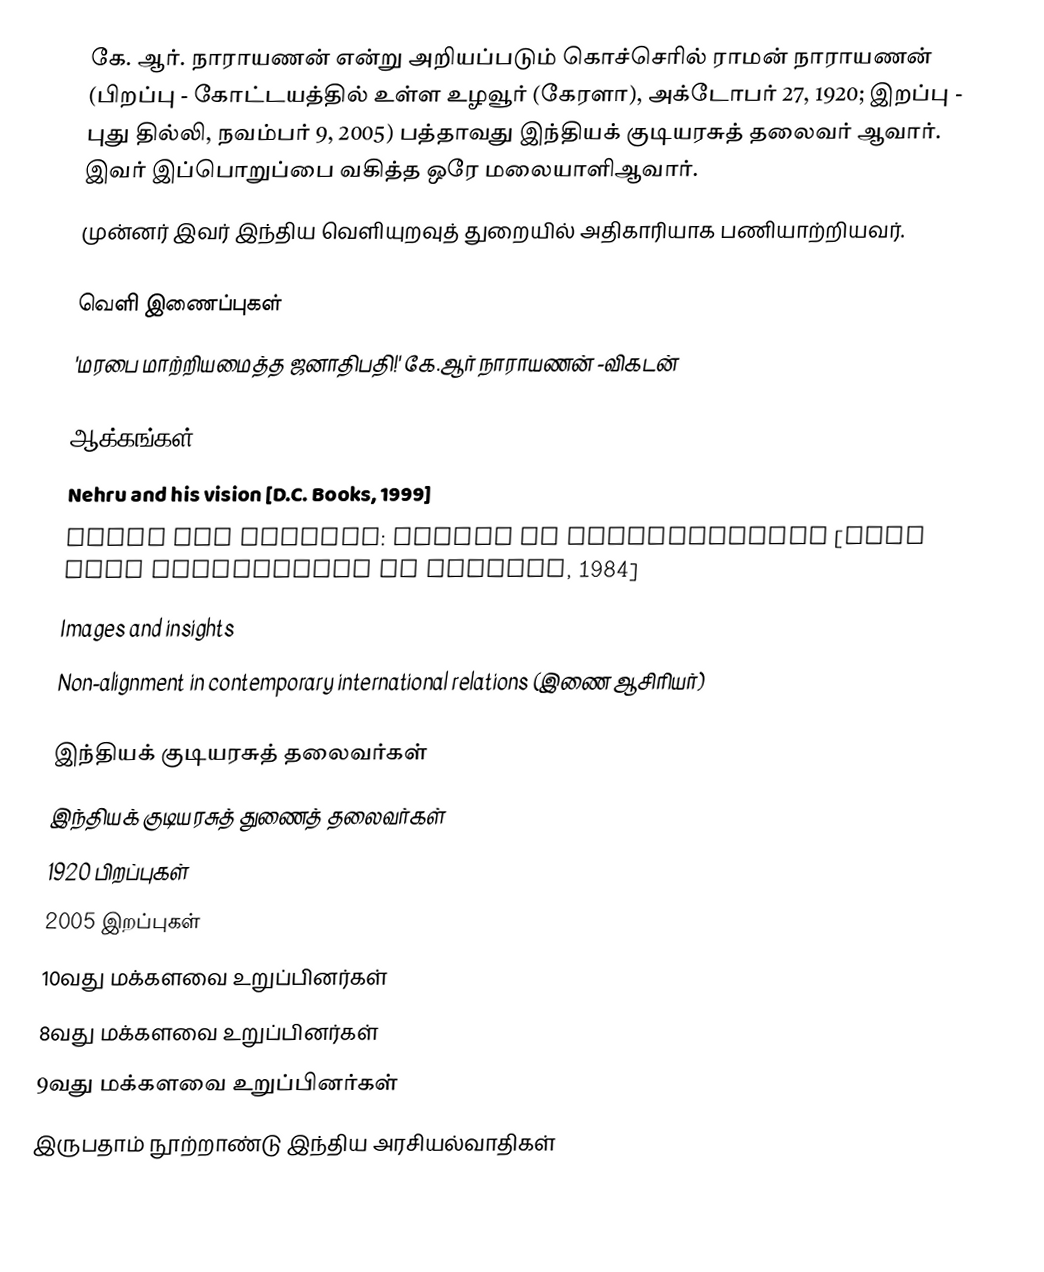
கே. ஆர். நாராயணன் என்று அறியப்படும் கொச்செரில் ராமன் நாராயணன் (பிறப்பு - கோட்டயத்தில் உள்ள உழவூர் (கேரளா), அக்டோபர் 27, 1920; இறப்பு - புது தில்லி, நவம்பர் 9, 2005) பத்தாவது இந்தியக் குடியரசுத் தலைவர் ஆவார். இவர் இப்பொறுப்பை வகித்த ஒரே மலையாளிஆவார்.
முன்னர் இவர் இந்திய வெளியுறவுத் துறையில் அதிகாரியாக பணியாற்றியவர்.

வெளி இணைப்புகள்
 'மரபை மாற்றியமைத்த ஜனாதிபதி!' கே.ஆர் நாராயணன் -விகடன்

ஆக்கங்கள்
Nehru and his vision [D.C. Books, 1999]
India and America: essays in understanding [Asia book corporation of America, 1984]
Images and insights
Non-alignment in contemporary international relations (இணை ஆசிரியர்)

இந்தியக் குடியரசுத் தலைவர்கள்
இந்தியக் குடியரசுத் துணைத் தலைவர்கள்
1920 பிறப்புகள்
2005 இறப்புகள்
10வது மக்களவை உறுப்பினர்கள்
8வது மக்களவை உறுப்பினர்கள்
9வது மக்களவை உறுப்பினர்கள்
இருபதாம் நூற்றாண்டு இந்திய அரசியல்வாதிகள்